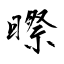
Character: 暩